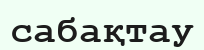
сабақтау